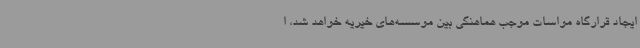
ایجاد قرارگاه مواسات موجب هماهنگی بین موسسه‌های خیریه خواهد شد، ا